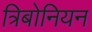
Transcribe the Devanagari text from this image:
त्रिबोनियन